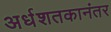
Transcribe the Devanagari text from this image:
अर्धशतकानंतर